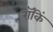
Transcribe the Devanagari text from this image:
रॉकिं